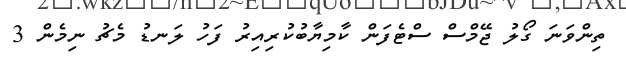
ތިންވަނަ ގޯލު ޖޭމްސް ސްޓެފަން ކާމިޔާބުކުރިއިރު ފަހު ލަނޑު މެޗު ނިމެން 3